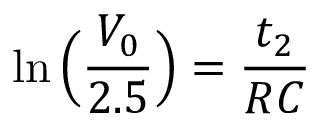
\ln \Big ( \frac { V _ { 0 } } { 2 . 5 } \Big ) = \frac { t _ { 2 } } { R C }